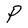
Character: P